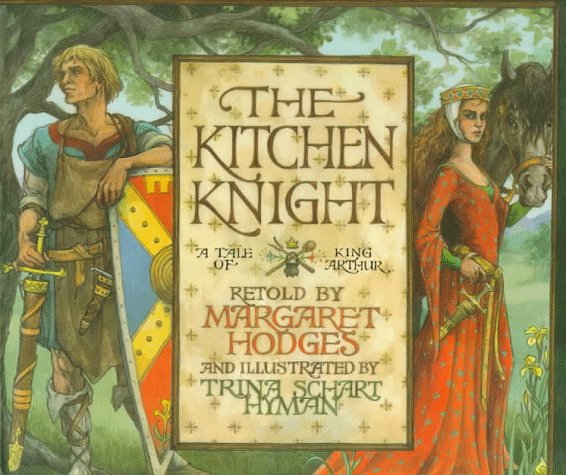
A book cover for The Kitchen Knight: A Tale of King Arthur; Margaret Hodges; Children's Books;